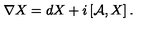
\nabla X = d X + i \left[ { \cal A } , X \right] .